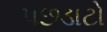
પછડાટો